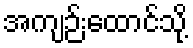
အကျဉ်းထောင်သို့